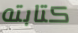
كتابته